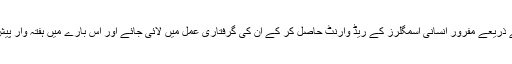
‘‘ انہوں نے کہا کہ انٹرپول کے ذریعے مفرور انسانی اسمگلرز کے ریڈ وارنٹ حاصل کر کے ان کی گرفتاری عمل میں لائی جائے اور اس بارے میں ہفتہ وار پیش رفت رپورٹ پیش کی جائے۔